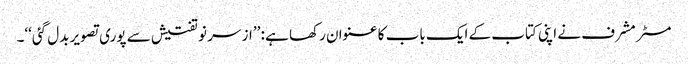
مسٹر مشرف نے اپنی کتاب کے ایک باب کا عنوان رکھا ہے : ’’از سر نو تفتیش سے پوری تصویر بدل گئی‘‘۔